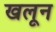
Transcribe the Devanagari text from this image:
खलून